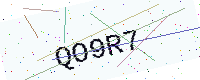
Text: QO9R7